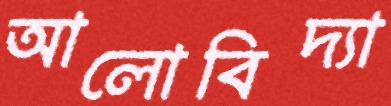
আলোবিদ্যা